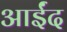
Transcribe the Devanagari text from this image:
आईंद